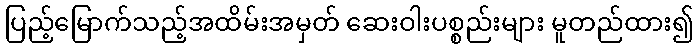
ပြည့်မြောက်သည့်အထိမ်းအမှတ် ဆေးဝါးပစ္စည်းများ မူတည်ထား၍